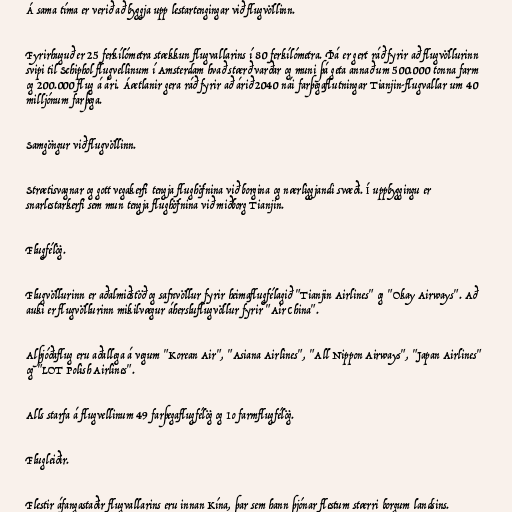
Á sama tíma er verið að byggja upp lestartengingar við flugvöllinn.

Fyrirhuguð er 25 ferkílómetra stækkun flugvallarins í 80 ferkílómetra. Þá er gert ráð fyrir að flugvöllurinn
svipi til Schiphol flugvellinum í Amsterdam hvað stærð varðar og muni þá geta annað um 500.000 tonna farm
og 200.000 flug á ári. Áætlanir gera ráð fyrir að árið 2040 nái farþegaflutningar Tianjin-flugvallar um 40
milljónum farþega.

Samgöngur við flugvöllinn.

Strætisvagnar og gott vegakerfi tengja flughöfnina við borgina og nærliggjandi svæði. Í uppbyggingu er
snarlestarkerfi sem mun tengja flughöfnina við miðborg Tianjin.

Flugfélög.

Flugvöllurinn er aðalmiðstöð og safnvöllur fyrir heimaflugfélagið "Tianjin Airlines" og "Okay Airways". Að
auki er flugvöllurinn mikilvægur áhersluflugvöllur fyrir "Air China".

Alþjóðaflug eru aðallega á vegum "Korean Air", "Asiana Airlines", "All Nippon Airways", "Japan Airlines"
og "LOT Polish Airlines".

Alls starfa á flugvellinum 49 farþegaflugfélög og 1o farmflugfélög.

Flugleiðir.

Flestir áfangastaðir flugvallarins eru innan Kína, þar sem hann þjónar flestum stærri borgum landsins.